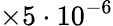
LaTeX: \times 5\cdot 10^{-6}